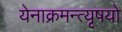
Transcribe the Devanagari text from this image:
येनाक्रमन्त्यृषयो